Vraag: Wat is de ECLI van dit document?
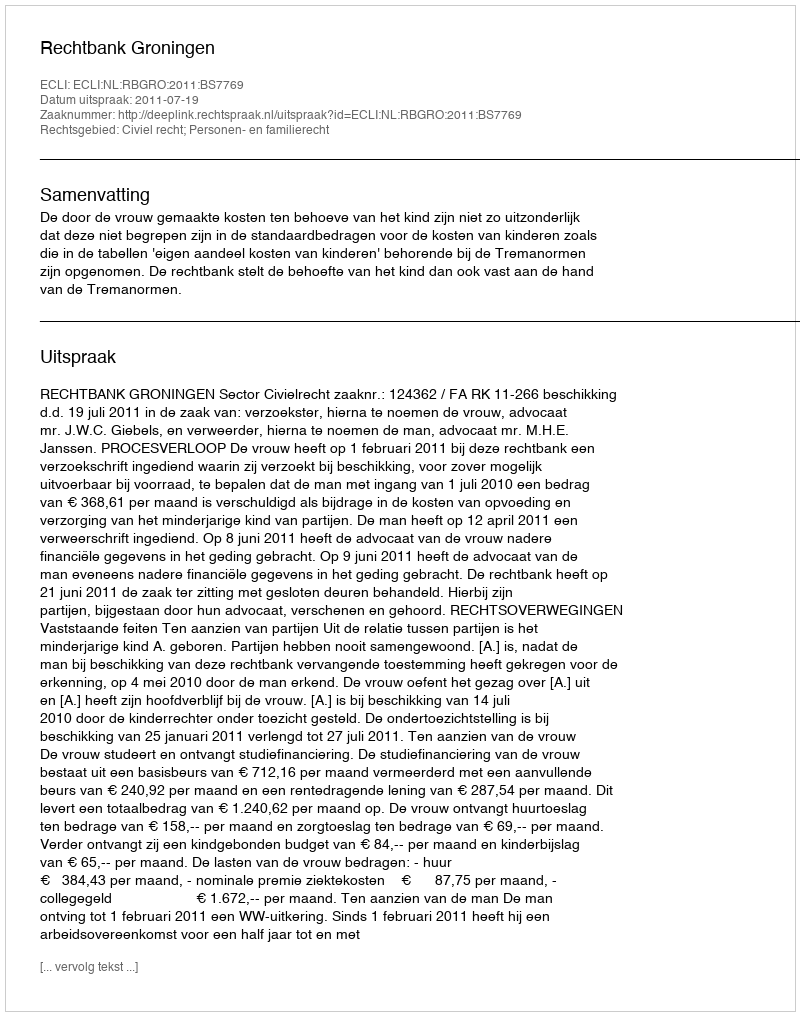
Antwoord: ECLI:NL:RBGRO:2011:BS7769